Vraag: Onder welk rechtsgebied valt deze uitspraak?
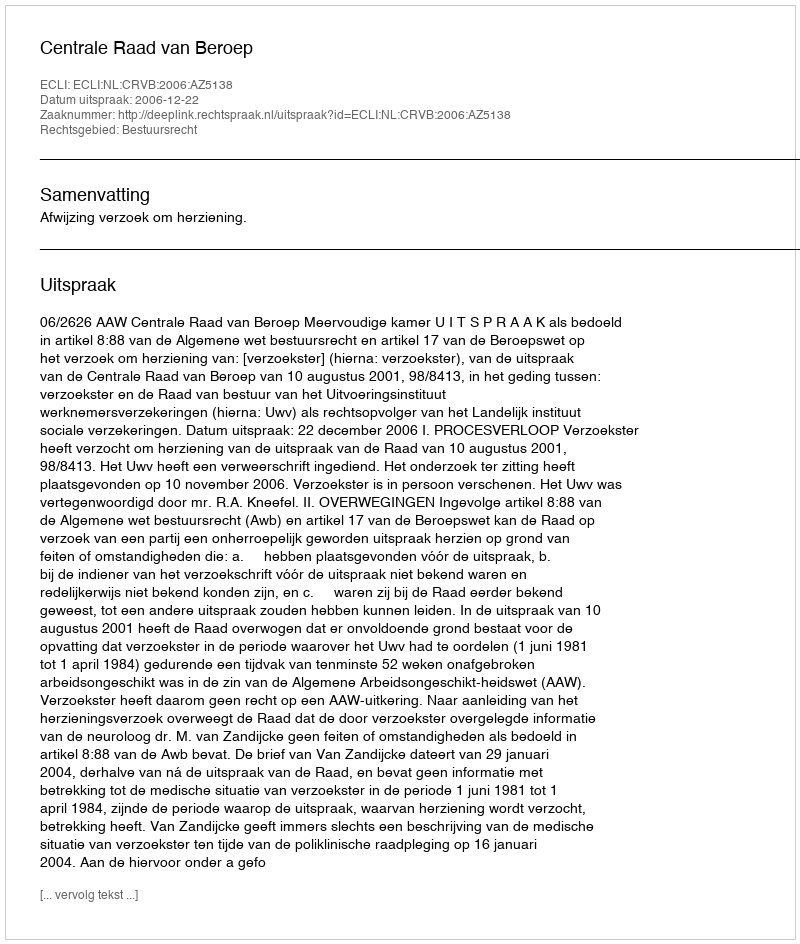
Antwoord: Bestuursrecht